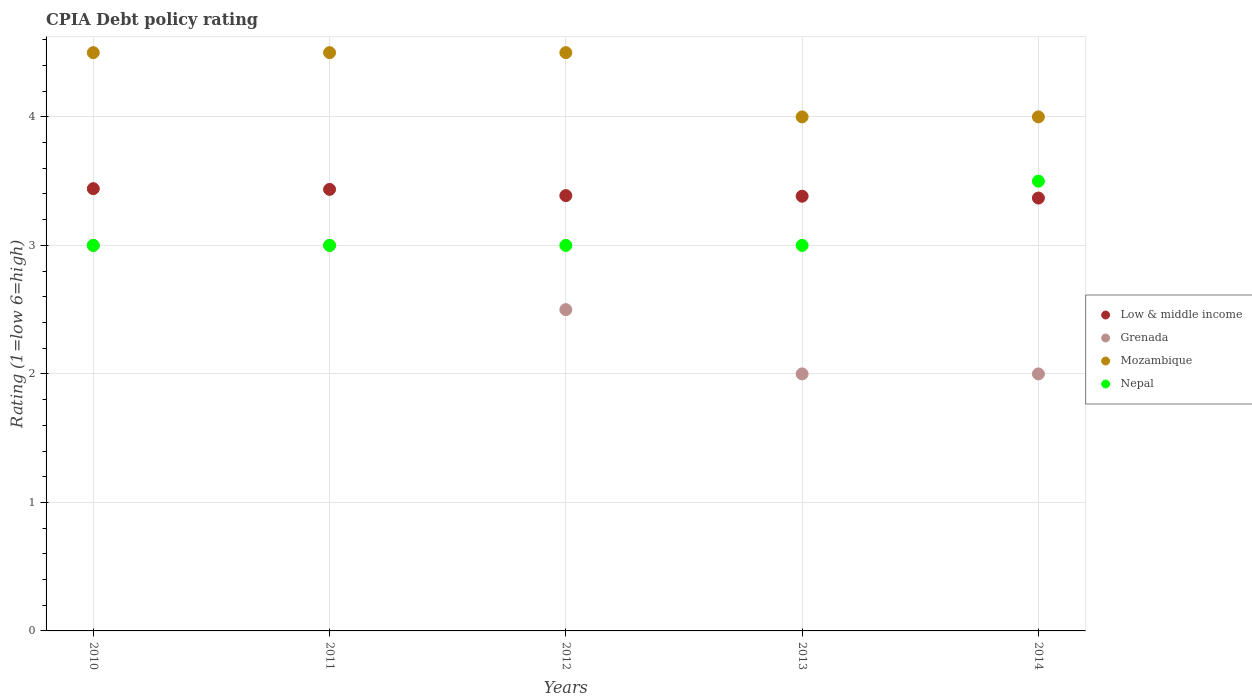
| Years | Low & middle income | Grenada | Mozambique | Nepal |
 | --- | --- | --- | --- | --- |
 | 2010 | 3.44 | 3 | 4.5 | 3 |
 | 2011 | 3.44 | 3 | 4.5 | 3 |
 | 2012 | 3.39 | 2.5 | 4.5 | 3 |
 | 2013 | 3.38 | 2 | 4 | 3 |
 | 2014 | 3.37 | 2 | 4 | 3.5 |